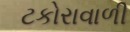
ટકોરાવાળી